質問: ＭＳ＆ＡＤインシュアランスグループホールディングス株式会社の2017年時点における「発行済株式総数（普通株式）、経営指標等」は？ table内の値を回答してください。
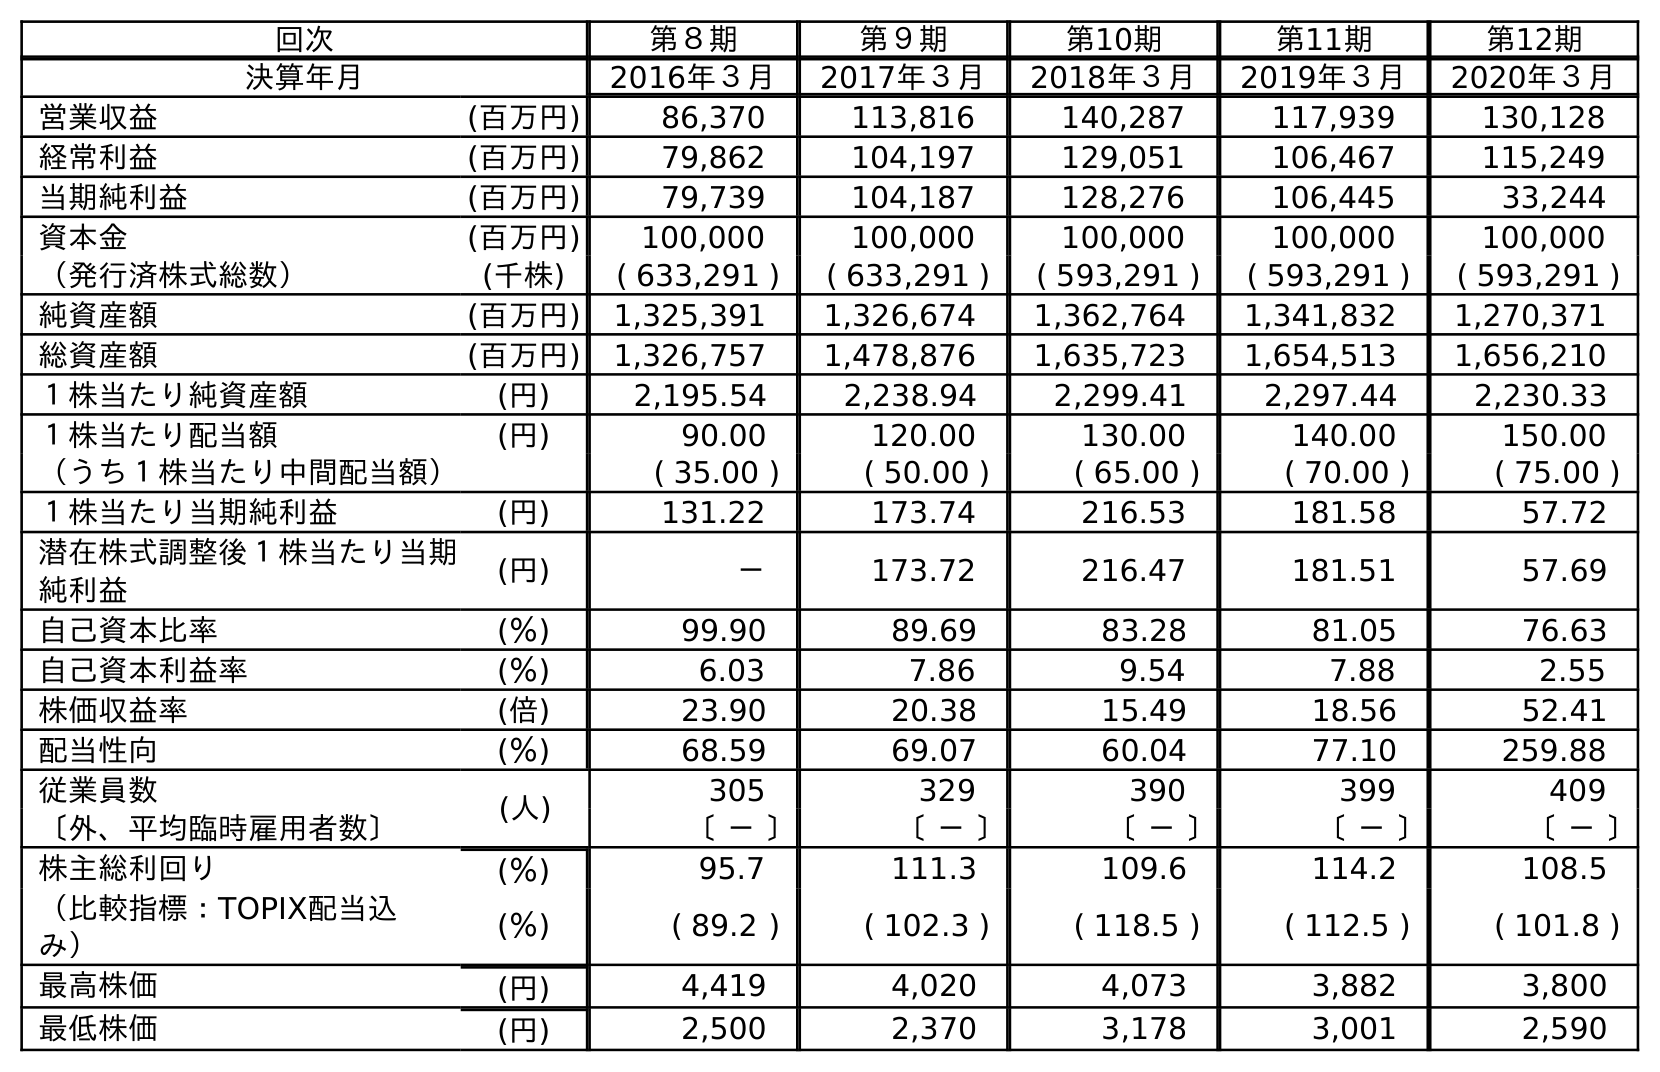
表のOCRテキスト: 回次 第８期 第９期 第10期 第11期 第12期 決算年月 2016年３月 2017年３月 2018年３月 2019年３月 2020年３月 営業収益 (百万円) 86,370 113,816 140,287 117,939 130,128 経常利益 (百万円) 79,862 104,197 129,051 106,467 115,249 当期純利益 (百万円) 79,739 104,187 128,276 106,445 33,244 資本金 (百万円) 100,000 100,000 100,000 100,000 100,000 （発行済株式総数） (千株) ( 633,291 ) ( 633,291 ) ( 593,291 ) ( 593,291 ) ( 593,291 ) 純資産額 (百万円) 1,325,391 1,326,674 1,362,764 1,341,832 1,270,371 総資産額 (百万円) 1,326,757 1,478,876 1,635,723 1,654,513 1,656,210 １株当たり純資産額 (円) 2,195.54 2,238.94 2,299.41 2,297.44 2,230.33 １株当たり配当額 (円) 90.00 120.00 130.00 140.00 150.00 （うち１株当たり中間配当額） ( 35.00 ) ( 50.00 ) ( 65.00 ) ( 70.00 ) ( 75.00 ) １株当たり当期純利益 (円) 131.22 173.74 216.53 181.58 57.72 潜在株式調整後１株当たり当期 純利益 (円) － 173.72 216.47 181.51 57.69 自己資本比率 (％) 99.90 89.69 83.28 81.05 76.63 自己資本利益率 (％) 6.03 7.86 9.54 7.88 2.55 株価収益率 (倍) 23.90 20.38 15.49 18.56 52.41 配当性向 (％) 68.59 69.07 60.04 77.10 259.88 従業員数 (人) 305 329 390 399 409 〔外、平均臨時雇用者数〕 〔 － 〕 〔 － 〕 〔 － 〕 〔 － 〕 〔 － 〕 株主総利回り (％) 95.7 111.3 109.6 114.2 108.5 （比較指標：TOPIX配当込 み） (％) ( 89.2 ) ( 102.3 ) ( 118.5 ) ( 112.5 ) ( 101.8 ) 最高株価 (円) 4,419 4,020 4,073 3,882 3,800 最低株価 (円) 2,500 2,370 3,178 3,001 2,590
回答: (633,291)